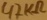
Text: 47KΩ